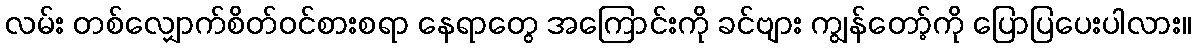
လမ်း တစ်လျှောက်စိတ်ဝင်စားစရာ နေရာတွေ အကြောင်းကို ခင်ဗျား ကျွန်တော့်ကို ပြောပြပေးပါလား။